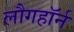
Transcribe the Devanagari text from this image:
लौगहॉर्न